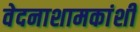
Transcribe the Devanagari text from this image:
वेदनाशामकांशी